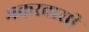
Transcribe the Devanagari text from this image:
मकरवासी